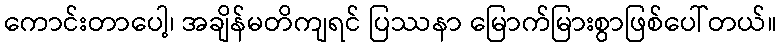
ကောင်းတာပေါ့၊ အချိန်မတိကျရင် ပြဿနာ မြောက်မြားစွာဖြစ်ပေါ်တယ်။